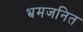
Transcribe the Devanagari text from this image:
भ्रमजनित